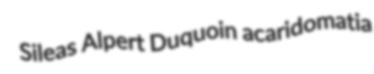
Sileas Alpert Duquoin acaridomatia